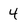
Character: 4